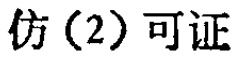
仿(2)可证